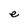
Character: e